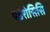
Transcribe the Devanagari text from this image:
पडेरोसिसि